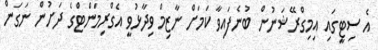
އެ ސިޓީގައި އިމިގްރޭޝަނުން ބުނެފައިވާ ކަމަށް ނާޒިމް ވިދާޅުވީ އެގްރިމަންޓްގެ ދަށުން ނަގަން